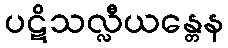
ပဋိသလ္လီယန္တေန